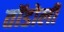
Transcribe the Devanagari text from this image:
तॉडोली